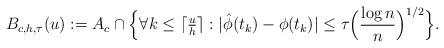
LaTeX: \begin{align*}B_{c,h,\tau}(u):= A_{c} \cap \Big\{ \forall k\leq \lceil \tfrac{u}{h}\rceil : |\hat{\phi}(t_k)- \phi(t_k) | \leq \tau \Big( \frac{\log n}{n} \Big)^{1/2} \Big\} .\end{align*}